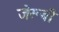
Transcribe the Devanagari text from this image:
जेरूबी